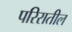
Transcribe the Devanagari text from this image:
परिरातील